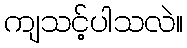
ကျသင့်ပါသလဲ။